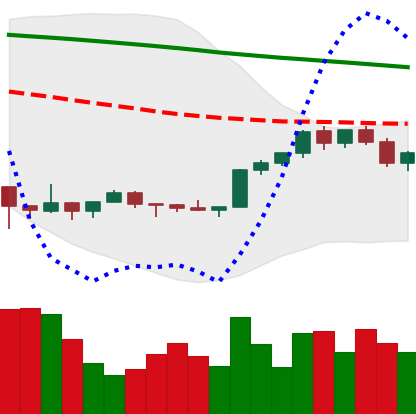
Ticker: XMR-USD
Chart end date: 2022-02-12
Forward return: -5.976%
Label: down_5_7